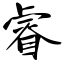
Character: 睿